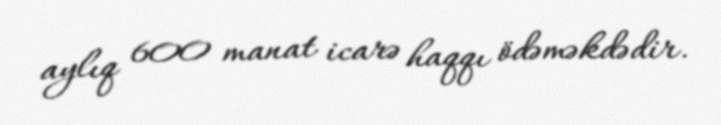
aylıq 600 manat icarə haqqı ödəməkdədir.